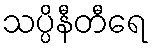
သပ္ပိနီတီရေ